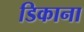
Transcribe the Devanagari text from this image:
डिकाना